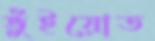
ভুঁইয়োত